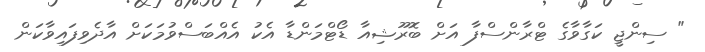
" ސިންޖީ ކަގާވާގެ ޓްރާންސްފާ އަށް ބޮރޫޝިއާ ޑޯޓްމަންޑާ އެކު އެއްބަސްވުމަކަށް އާދެވިފައިވާކަން